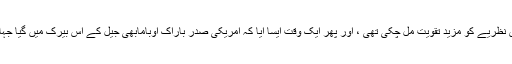
وہ جس جرم کی پاداش میں جیل گیا ، جب باہر نکلا تو اس نظریے کو مزید تقویت مل چکی تھی ، اور پھر ایک وقت ایسا آیا کہ امریکی صدر باراک اوبامابھی جیل کے اس بیرک میں گیا جہاں نیلسن منڈیلانے زندگی کے ستائیس سال گزارے تھے ۔